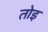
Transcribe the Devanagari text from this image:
तोइ